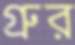
গ্রুর